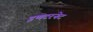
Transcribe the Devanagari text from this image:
इणटरनेट